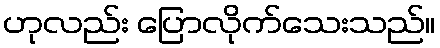
ဟုလည်း ပြောလိုက်သေးသည်။